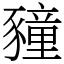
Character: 䝑